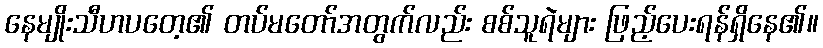
နေမျိုးသီဟပတေ့၏ တပ်မတော်အတွက်လည်း စစ်သူရဲများ ဖြည့်ပေးရန်ရှိနေ၏။